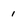
Character: 1